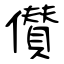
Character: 儧